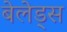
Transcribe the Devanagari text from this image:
बेलेड्स